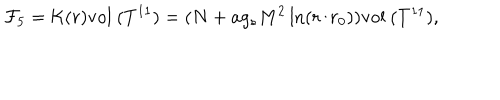
{ \cal F } _ { 5 } = { \cal K } ( r ) \mathrm { v o l ~ } ( T ^ { 1 1 } ) = ( N + a g _ { s } M ^ { 2 } \ln ( r / r _ { 0 } ) ) \mathrm { v o l ~ } ( T ^ { 1 1 } ) ,